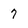
Character: 7